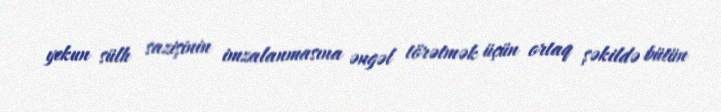
yekun sülh sazişinin imzalanmasına əngəl törətmək üçün ortaq şəkildə bütün